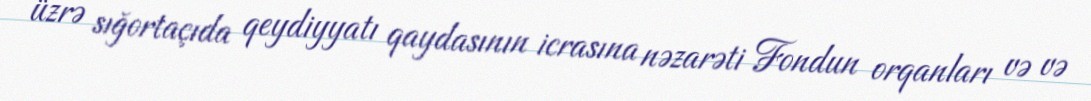
üzrə sığortaçıda qeydiyyatı qaydasının icrasına nəzarəti Fondun orqanları və və